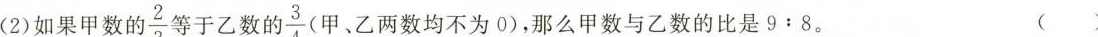
(2)如果甲数的 $$\frac{2}{3}$$ 等于乙数的 $$\frac{3}{4}$$ 甲、乙两数均不为0)，那么甲数与乙数的比是9:8。（ ）